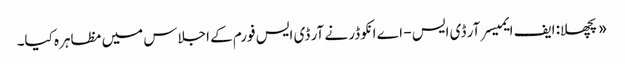
«پچھلا: ایف ایمیسر آر ڈی ایس - اے انکوڈر نے آر ڈی ایس فورم کے اجلاس میں مظاہرہ کیا۔